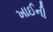
ખાઈની